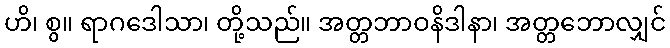
ဟိ၊ စွ။ ရာဂဒေါသာ၊ တို့သည်။ အတ္တဘာဝနိဒါနာ၊ အတ္တဘောလျှင်